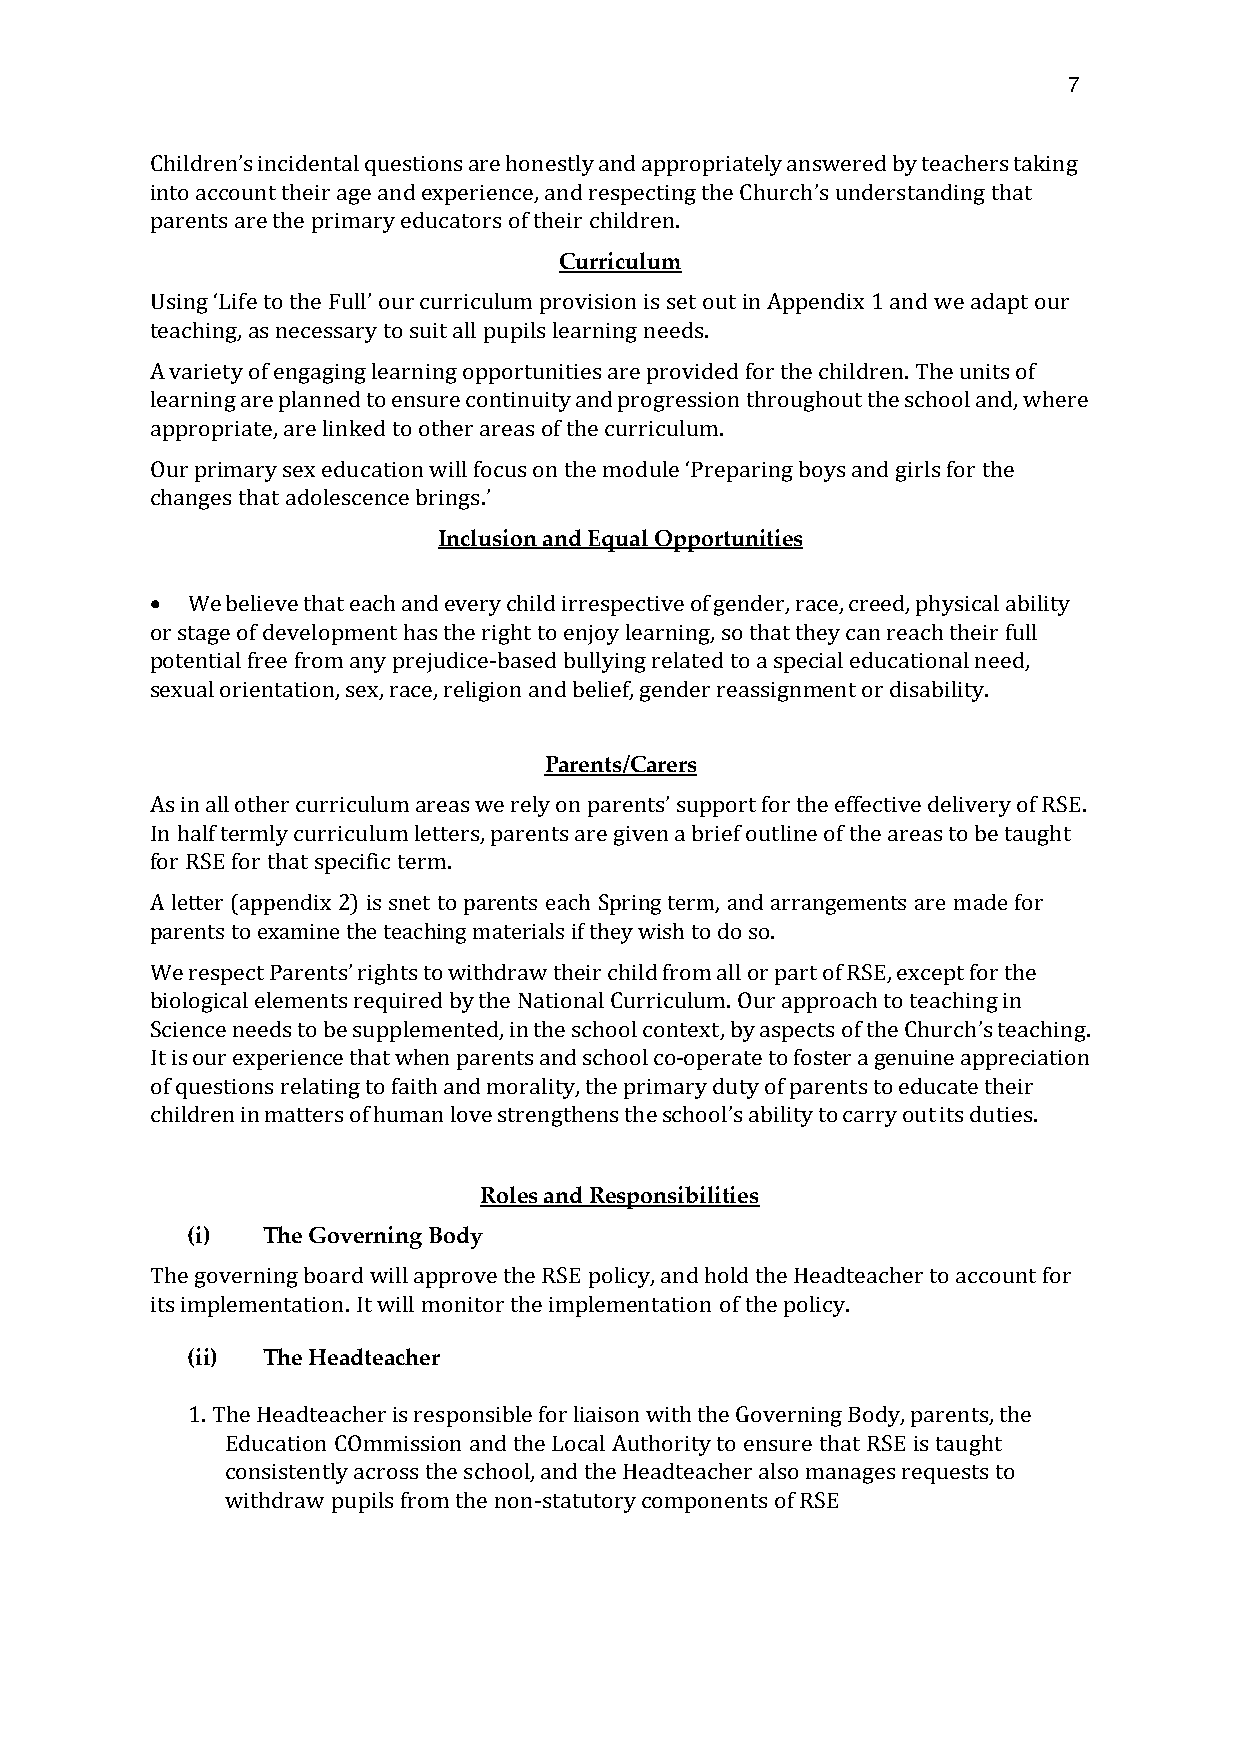
7
 incidental questions are honestly and appropriately answered by teachers taking
 pCahrilednrtesn a’sre the primary educators of their children.
 into account their age and experience, and respecting the Church’s understanding that
 Curriculum
 Using  to the  our curriculum provision is set out in Appendix 1 and we adapt our
 teaching, as necessary to suit all pupils learning needs.
 ‘Life   Full’
 A variety of engaging learning opportunities are provided for the children. The units of
 learning are planned to ensure continuity and progression throughout the school and, where
 appropriate, are linked to other areas of the curriculum.
 changes that adolescence
 Our primary sex education will focus on the module ‘Preparing boys and girls for the
 Inclusion and Equal Opportunities
 brings.’
  We believe that each and every child irrespective of gender, race, creed, physical ability
 or stage of development has the right to enjoy learning, so that they can reach their full
 potential free from any prejudice-based bullying related to a special educational need,
 sexual orientation, sex, race, religion and belief, gender reassignment or disability.
 Parents/Carers
 As in all other curriculum areas we rely on support for the effective delivery of RSE.
 In half termly curriculum letters, parents are given a brief outline of the areas to be taught
 for RSE for that specific term. parents’
 A letter (appendix 2) is snet to parents each Spring term, and arrangements are made for
 parents to examine the teaching materials if they wish to do so.
 We respect    rights to withdraw their child from all or part of RSE, except for the
 biological elements required by the National Curriculum. Our approach to teaching in
 Science needPsa rteon btes’ supplemented, in the school context, by aspects of the teaching.
 It is our experience that when parents and school co-operate to foster a genuine appreciation
 of questions relating to faith and morality, the primary duty of parents to eCdhuucracthe’ stheir
 children in matters of human love strengthens the ability to carry out its duties.
 school’s
 Roles and Responsibilities
 (i)  The Governing Body
 The governing board will approve the RSE policy, and hold the Headteacher to account for
 its implementation. It will monitor the implementation of the policy.
 (ii) The Headteacher
 1. The Headteacher is responsible for liaison with the Governing Body, parents, the
 Education COmmission and the Local Authority to ensure that RSE is taught
 consistently across the school, and the Headteacher also manages requests to
 withdraw pupils from the non-statutory components of RSE